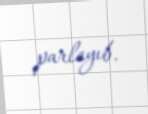
parlayıb.